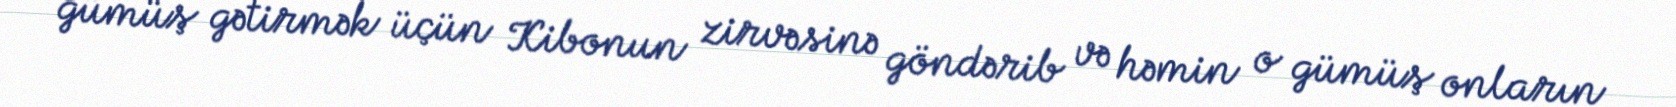
gümüş gətirmək üçün Kibonun zirvəsinə göndərib və həmin o gümüş onların